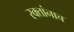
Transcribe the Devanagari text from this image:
रक्‍तांनाच